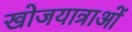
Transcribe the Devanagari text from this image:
खोजयात्राओं